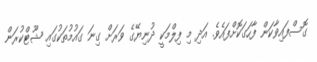
ގޮސްފައިވާކަން ފާހަގަކޮށްފައެވެ. އަދި މި ފިލްމަކީ ދުނިޔޭގެ ވަރަށް ގިނަ ގައުމުތަކުގައި ޝޫޓްކުރަން